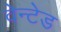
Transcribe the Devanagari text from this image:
वेन्टेड